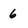
Character: 6